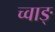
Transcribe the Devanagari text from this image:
च्वाङ्